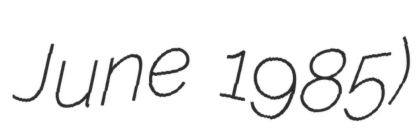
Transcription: June 1985)